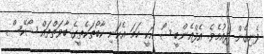
ފެނިގެން ދިއުމެވެ. އެފްއެންބީ ޝޯ އަކީ ހަމަ އެކަނި ކާބޯތަކެތީގެ ބާވަތްތައް ޝޯކޭސް